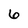
Character: 6